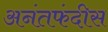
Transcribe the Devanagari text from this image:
अनंतफंदीस